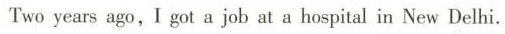
Two years ago,I got a job at a haspital in New Delhi.